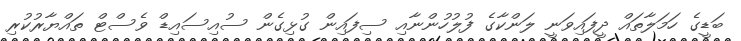
ބަޑީގެ ހަމަލާތައް ދީފައިވަނީ ލަންކާގެ ފުލުހުންނާއި ސިފައިން ގުޅިގެން ސުއިސައިޑް ވެސްޓް ތައްޔާރުކުރި